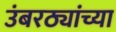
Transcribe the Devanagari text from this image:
उंबरठ्यांच्या